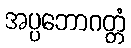
အပ္ပဘောဂတ္တံ